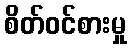
စိတ်ဝင်စားမှု